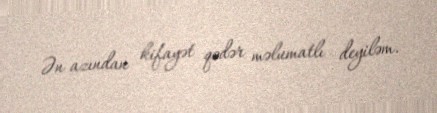
Ən azından kifayət qədər məlumatlı deyiləm.